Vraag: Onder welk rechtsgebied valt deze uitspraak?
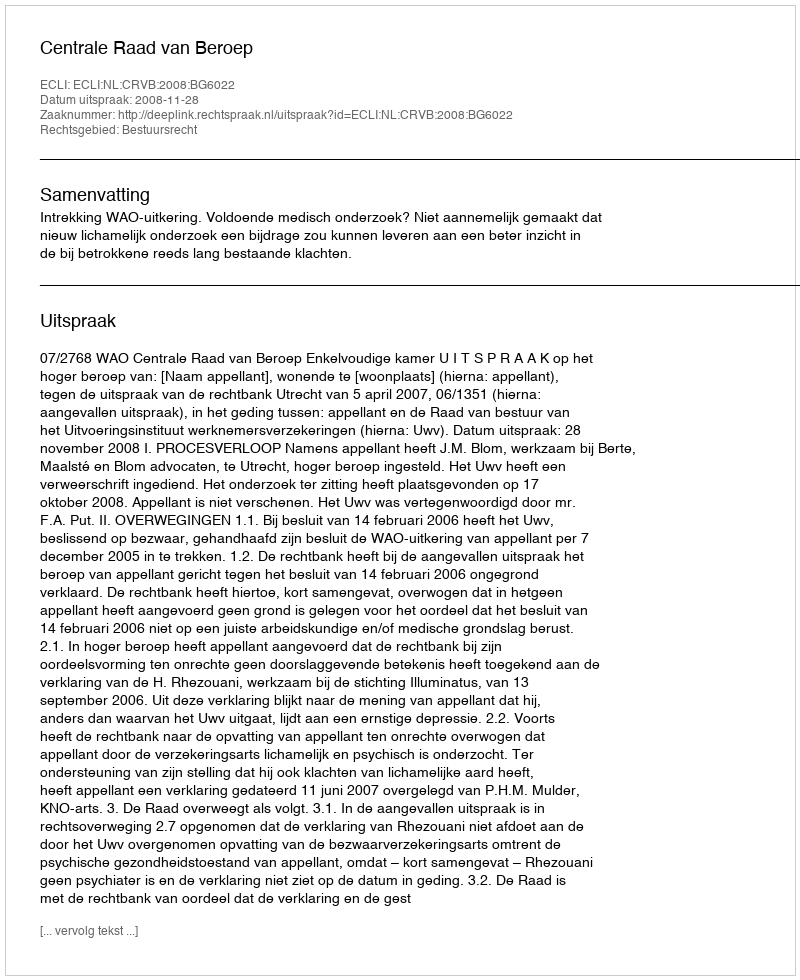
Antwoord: Bestuursrecht